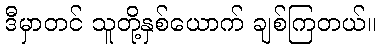
ဒီမှာတင် သူတို့နှစ်ယောက် ချစ်ကြတယ်။